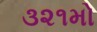
૩૨૧મો